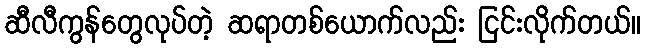
ဆီလီကွန်တွေလုပ်တဲ့ ဆရာတစ်ယောက်လည်း ငြင်းလိုက်တယ်။